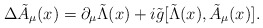
\begin{align*}\Delta {\tilde A}_\mu(x) = \partial_\mu {\tilde \Lambda}(x) +i{\tilde g} [{\tilde \Lambda}(x), {\tilde A}_\mu(x)].\end{align*}